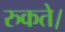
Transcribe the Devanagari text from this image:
रुकते।